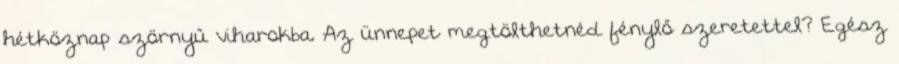
hétköznap szörnyű viharokba. Az ünnepet megtölthetnéd fénylő szeretettel? Egész